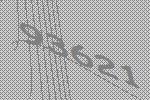
93621